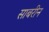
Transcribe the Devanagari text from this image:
साबरीन